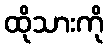
ထိုသားကို